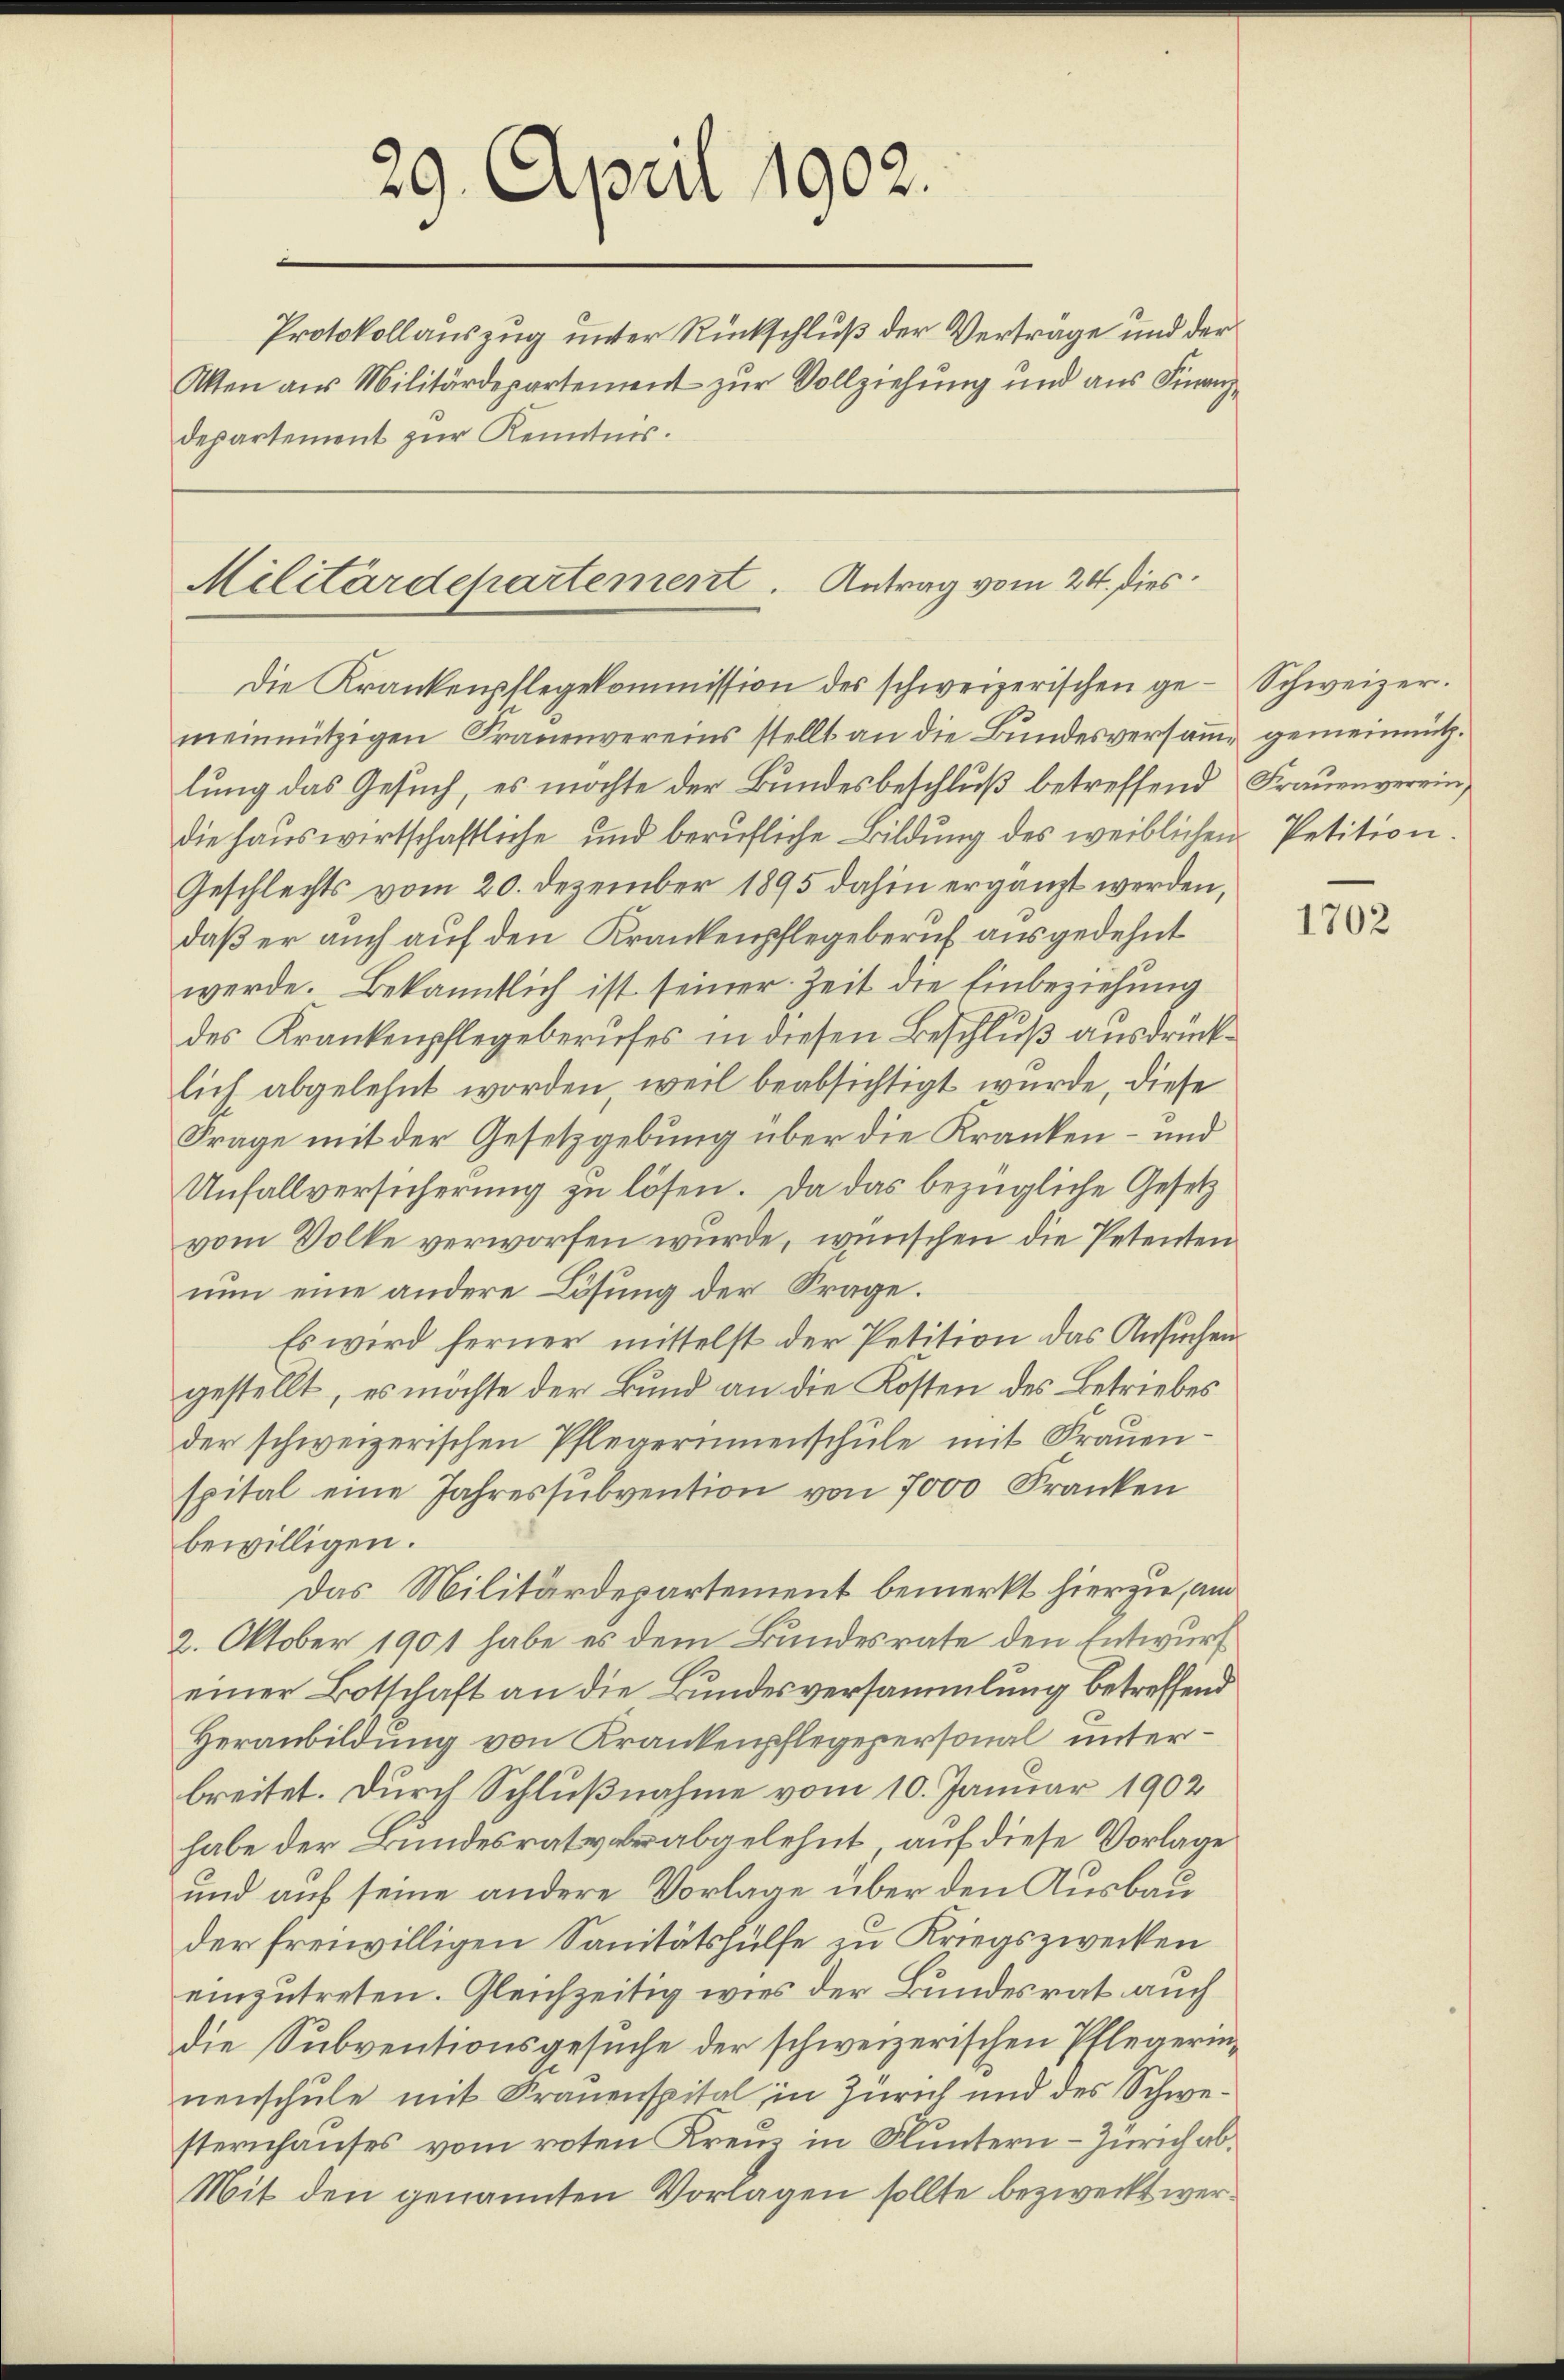
Protokollauszug unter Rückschluß der Verträge und der
Otten aus Militärdepartement zur Vollziehung und aus Finanz-
departement zur Kenntnis.

29. April 1902.

Militärdepartement. Antrag vom 24. Dies
Die Krankenpflegekommission des schweizerischen ge-Schweizer.

meinnützigen Frauenvereins stellt an die Bundesversame gemeinnützlung das Gesuch, es möchte der Bundesbeschluß betreffend Frauenvereindie Hauswirtschaftliche und berufliche Bildung des weiblichen Petition.
Geschlechts vom 20. Dezember 1895 dahin ergänzt werden,
daß er auch auf den Krankenpflegeberuf ausgedehnt
werde. Bekanntlich ist seiner Zeit die Einbeziehung
des Krankenpflegeberufes in diesen Beschluß ausdrücklich abgelehnt worden, weil beabsichtigt wurde, diese
Frage mit der Gesetzgebung über die Kranken – und
Unfallversicherung zu lösen. Da das bezügliche Gesetz
vom Volke verworfen wurde, wünschen die Petenten
nun eine andere Lösung der Frage.
Es wird ferner mittelst der Petition das Ansuchengestellt, es möchte der Bund an die Kosten des Betriebes
der schweizerischen Pflegerinnenschule mit Frauenspital eine Jahressŭbvention von 7000 Franken
bewilligen.
Das Militärdepartement bemerkt hierzu, am
2. Oktober 1901 habe es dem Bundesrate den Entwurf
einer Botschaft an die Bundesversammlung betreffend
Heranbildung von Krankenpflegepersonal unterbreitet. Durch Schlußnahme vom 10. Januar 1902
habe der Bundesrat verabgelehnt, auf diese Vorlage
und auf seine andere Vorlage über den Ausbau
der freiwilligen Sanitätshülfe zu Kriegszwecken
einzutreten. Gleichzeitig wies der Bundesrat auch
die Subventionsgesuche der schweizerischen Pflegerinnenschule mit Trauenspital, in Zürich und des Schwesternhauses vom roten Kreuz in Fluntern - Zürich ab¬
Mit den genannten Vorlagen sollte bezweckt wer¬

1702